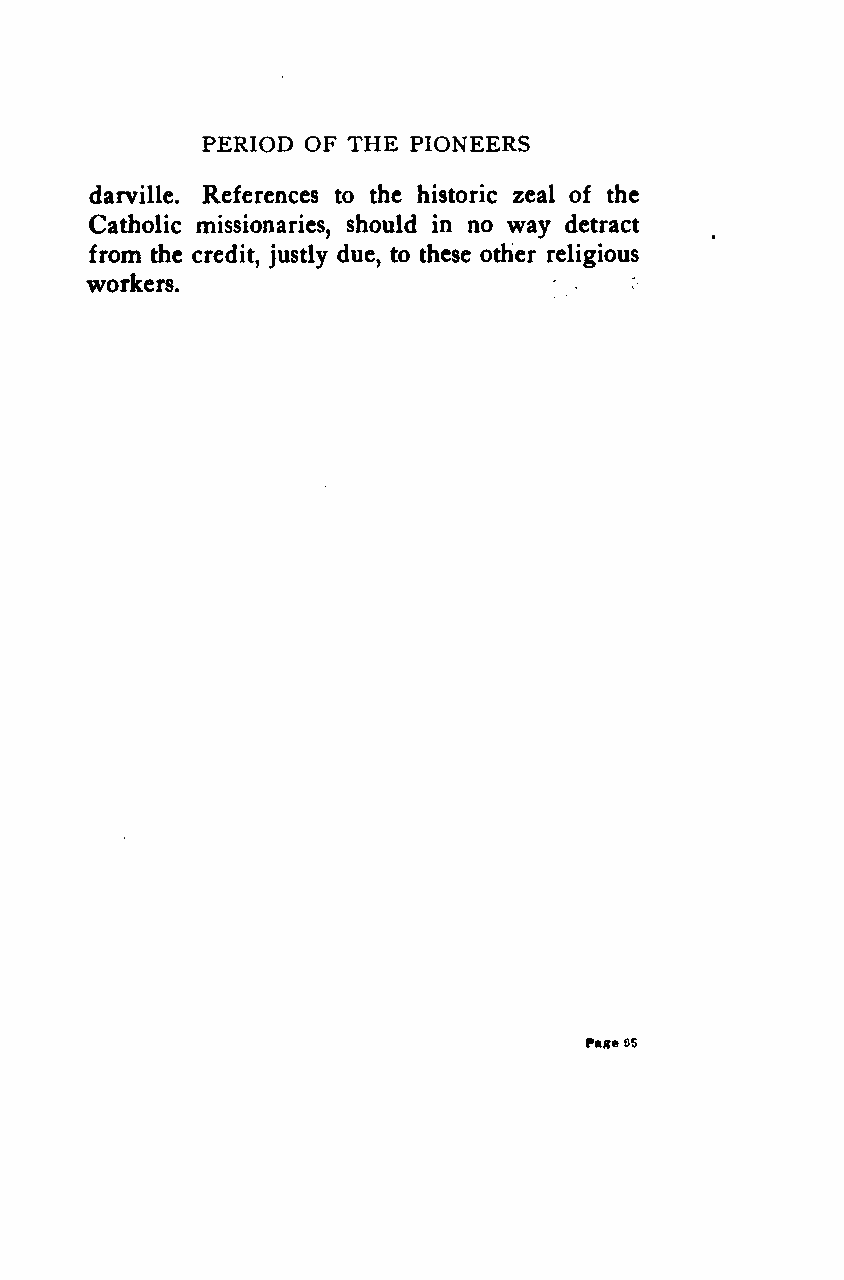
PERIOD OF THE PIONEERS
 darville. References to the historic zeal of the
 Catholic missionaries, should in no way detract
 from the credit, justly due, to these other religious
 workers.
 Page95
 Google
 Digitizedby